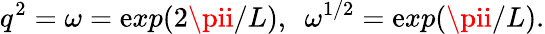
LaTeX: q^{2}=\omega=\mathrm{e}xp(2\pii/L),~~\omega^{1/2}=\mathrm{e}xp(\pii/L).